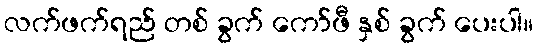
လက်ဖက်ရည် တစ် ခွက် ကော်ဖီ နှစ် ခွက် ပေးပါ။